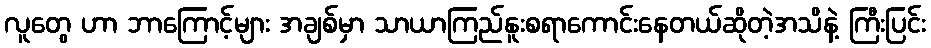
လူတွေ ဟာ ဘာကြောင့်များ အချစ်မှာ သာယာကြည်နူးစရာကောင်းနေတယ်ဆိုတဲ့အသိနဲ့ ကြီးပြင်း